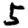
Digit: 5